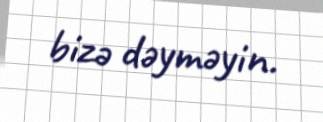
bizə dəyməyin.